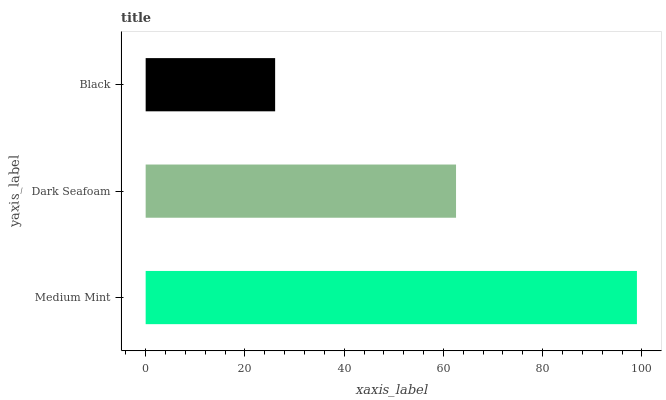
| yaxis_label | bars |
 | --- | --- |
 | Medium Mint | 99 |
 | Dark Seafoam | 62.5 |
 | Black | 26.1 |